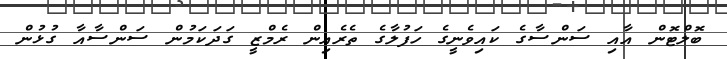
ބޮލްޓޮން އާއި ސަންސާގެ ކައިވެނީގެ ހަފުލާގެ ތެރެއިން ރެމްޒީ ގަދަކަމުން ސަންސާއާ ގުޅުން